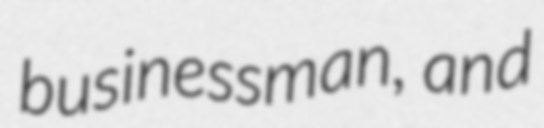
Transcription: businessman, and